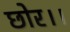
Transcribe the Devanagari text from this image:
छोर।।